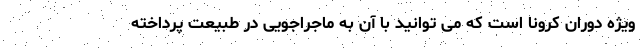
ویژه دوران کرونا است که می توانید با آن به ماجراجویی در طبیعت پرداخته